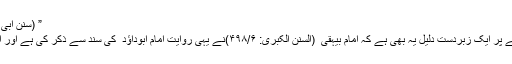
” (سنن ابی داؤد بتحقیق محمد عوامہ : (۲۵۶/۲)
عشر ین رکعۃ کے الفاظ محرف ہونے پر ایک زبردست دلیل یہ بھی ہے کہ امام بیہقی ؒ (السنن الکبری: ۴۹۸/۶)نے یہی روایت امام ابوداؤد ؒ کی سند سے ذکر کی ہے اور اس میں عشر ین لیلۃ کے الفاظ ہیں ۔